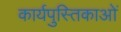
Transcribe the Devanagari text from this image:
कार्यपुस्तिकाओं